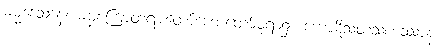
ဓမ္မဒေသနေ၊ ဓမ္မစကြာတရားတော်ဟောတော်မူရာ၌။ ကောဋိသတသဟဿာနံ၊